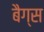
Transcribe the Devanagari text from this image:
बैग्‍स